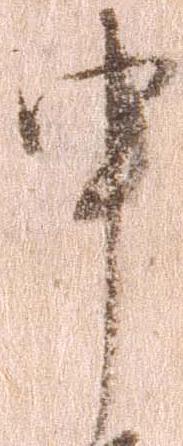
申